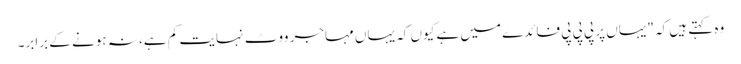
وہ کہتے ہیں کہ "یہاں پر پی پی پی فائدے میں ہے کیوں کہ یہاں مہاجر ووٹ نہایت کم ہے، نہ ہونے کے برابر۔